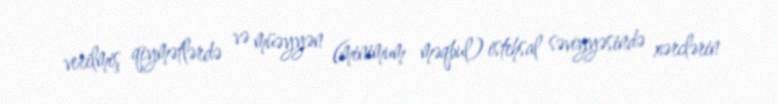
verilmiş qiymətlərdə və müəyyən (minimum məqbul) istehsal səviyyəsində xərclərin